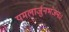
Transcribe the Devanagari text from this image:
यमलार्जुनभंजनः।